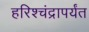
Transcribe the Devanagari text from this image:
हरिश्चंद्रापर्यंत